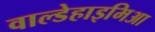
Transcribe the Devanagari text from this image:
वाल्डेहाइमिआ